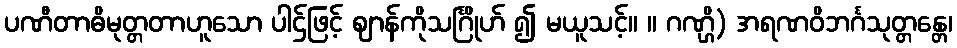
ပဏီတာဓိမုတ္တတာဟူသော ပါဌ်ဖြင့် ဈာန်ကိုသင်္ဂြိုဟ် ၍ မယူသင့်။ ။ ဂဏ္ဌိ) အရဏဝိဘင်္ဂသုတ္တန္တေ၊